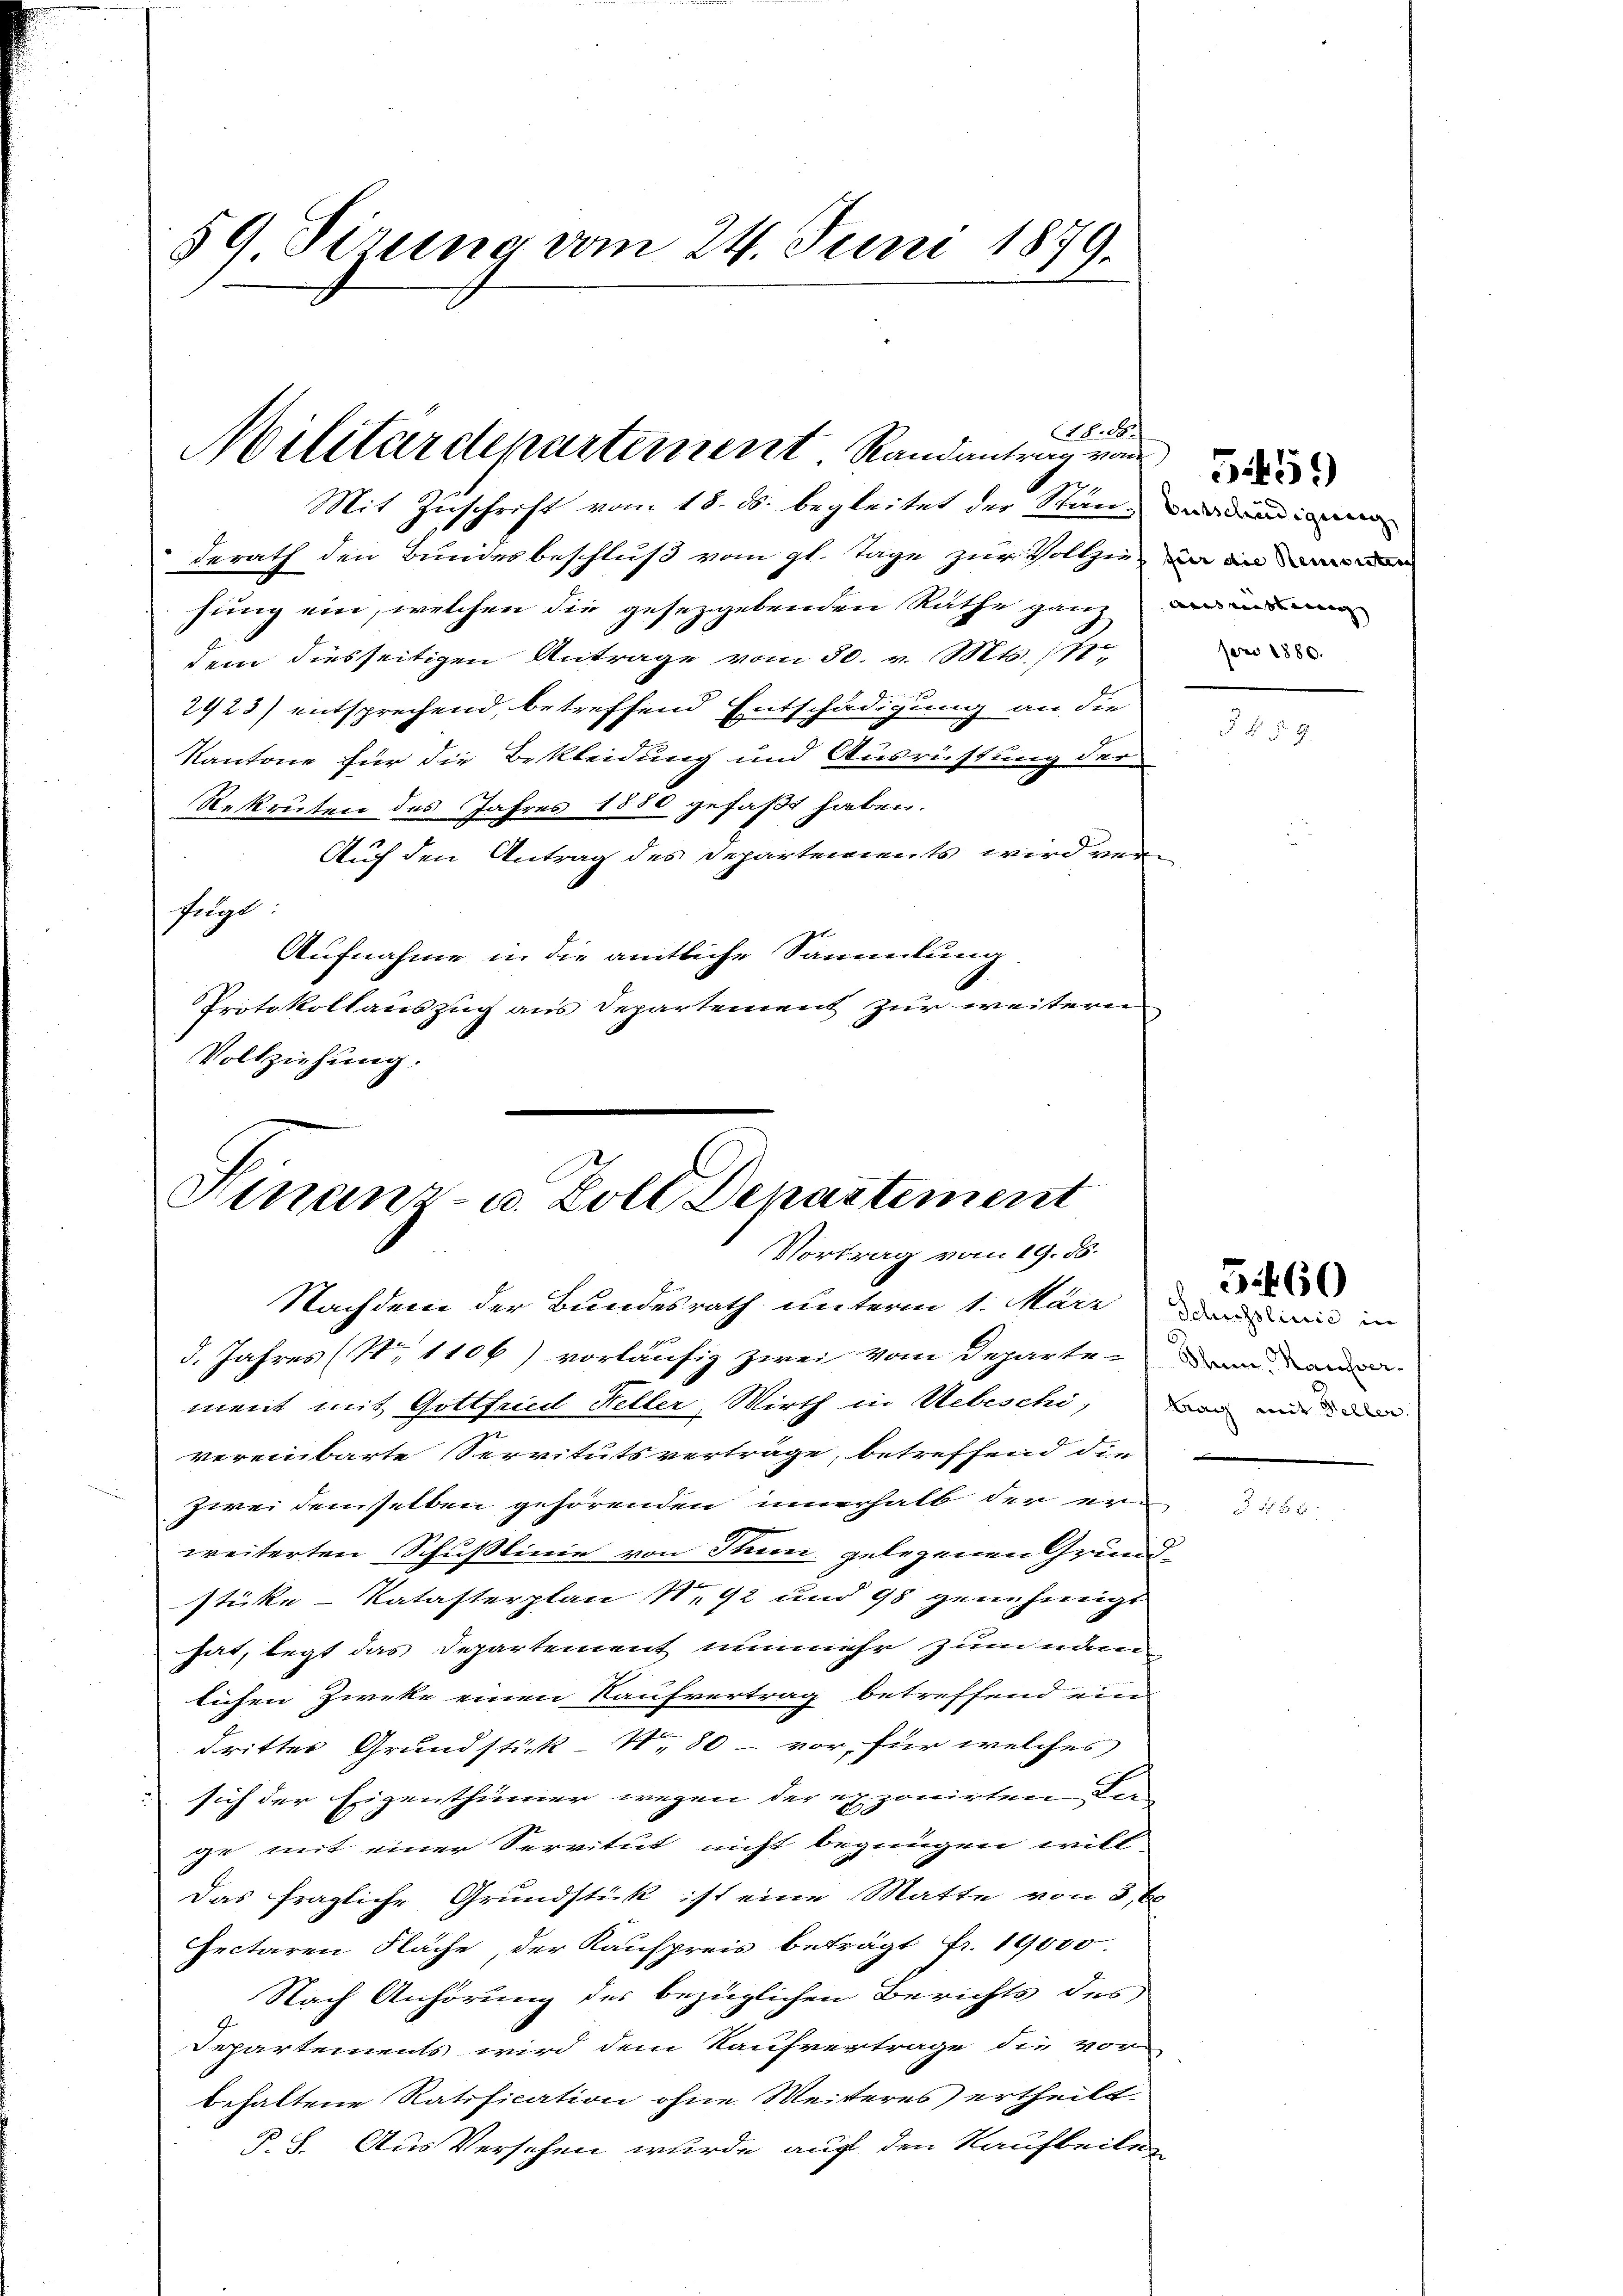
59 Sizung vom 24. Juni 1879.

Mit Zuschrift vom 15. ds. begleitet der Stander die
derath den Bundesbeschluß vom gl. Tage zur Vollzie- an die
hung ein, welchen die gesetzgebenden Räthe ganz der und
dem diesseitigen Antrage vom 30. v. Mts. 11
2923) entsprechend, betreffend Entschädigung an die
Kantone für die Bekleidung und Ausrüstung der
Rekruten des Jahres 1850 gefaßt haben.
Auch den Antrag des Departements wird verfügt:
Aufnahme in die amtliche Sammlung
Protokollauszug aus Departement zur weiteren
Vollziehung.

18.8.
Militärdepartement Randantrag von

Hinanz- u. Zoll Departement
Vortrag vom 19. ds.
Nachdem der Bundesrath unterm 1. März und wie in
d. Jahres (S. 1106) vorläufig zwei vom Departe dem an

ment mit Gottfried Heller, Wirth in Uebeschi, vor mit de
vereinbarte Servitutsverträge, betreffend die
zwei demselben gehörenden innerhalb der erweiterten Schußlinie von Thun gelegenen Grundstücke - Katasterplan N. 92 und 98 genehmigt
hat, legt das Departement nunmehr zum iden
lichen Zweke einen Kaufvertrag betreffend ein
dritter Grundstück No 80 - vor, für welches
 sich der Eigenthümer wegen der exponirten der-
ge mit einer Servitut nicht begnügen will
Das fragliche Grundstück ist eine Matte von 3, 6
Pectaren Fläche, der Kaufpreis beträgt Fr. 19000.
Nach Anhörung des bezüglichen Berichts des
Departements wird dem Kaufvertrage die vor
behaltene Ratification ohne Weiteres ertheilt.
P.S. Aus Versehen wurde auf den Raufbeilen

pro 1880.

5459)

560